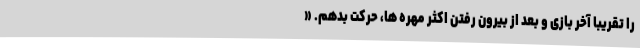
را تقریبا آخر بازی و بعد از بیرون رفتن اکثر مهره ها، حرکت بدهم. «